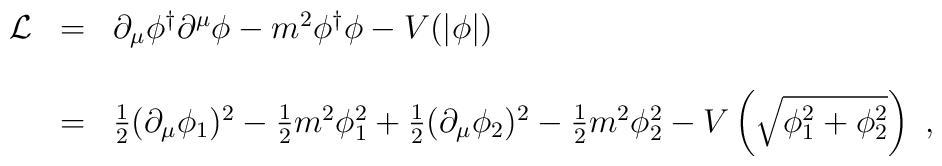
\begin{array}{r c l}{\cal L}&=&\partial_\mu\phi^\dagger\partial^\mu\phi-m^2\phi^\dagger\phi-V(|\phi|)\\ & & \\&=&\frac{1}{2}(\partial_\mu\phi_1)^2-\frac{1}{2}m^2\phi^2_1+\frac{1}{2}(\partial_\mu\phi_2)^2-\frac{1}{2}m^2\phi^2_2-V\left(\sqrt{\phi^2_1+\phi^2_2}\right)\ ,\end{array}